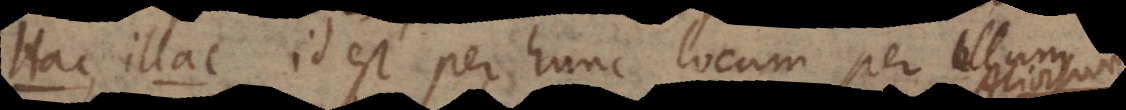
Hac. Illac. Id est per hunc locum, per illum